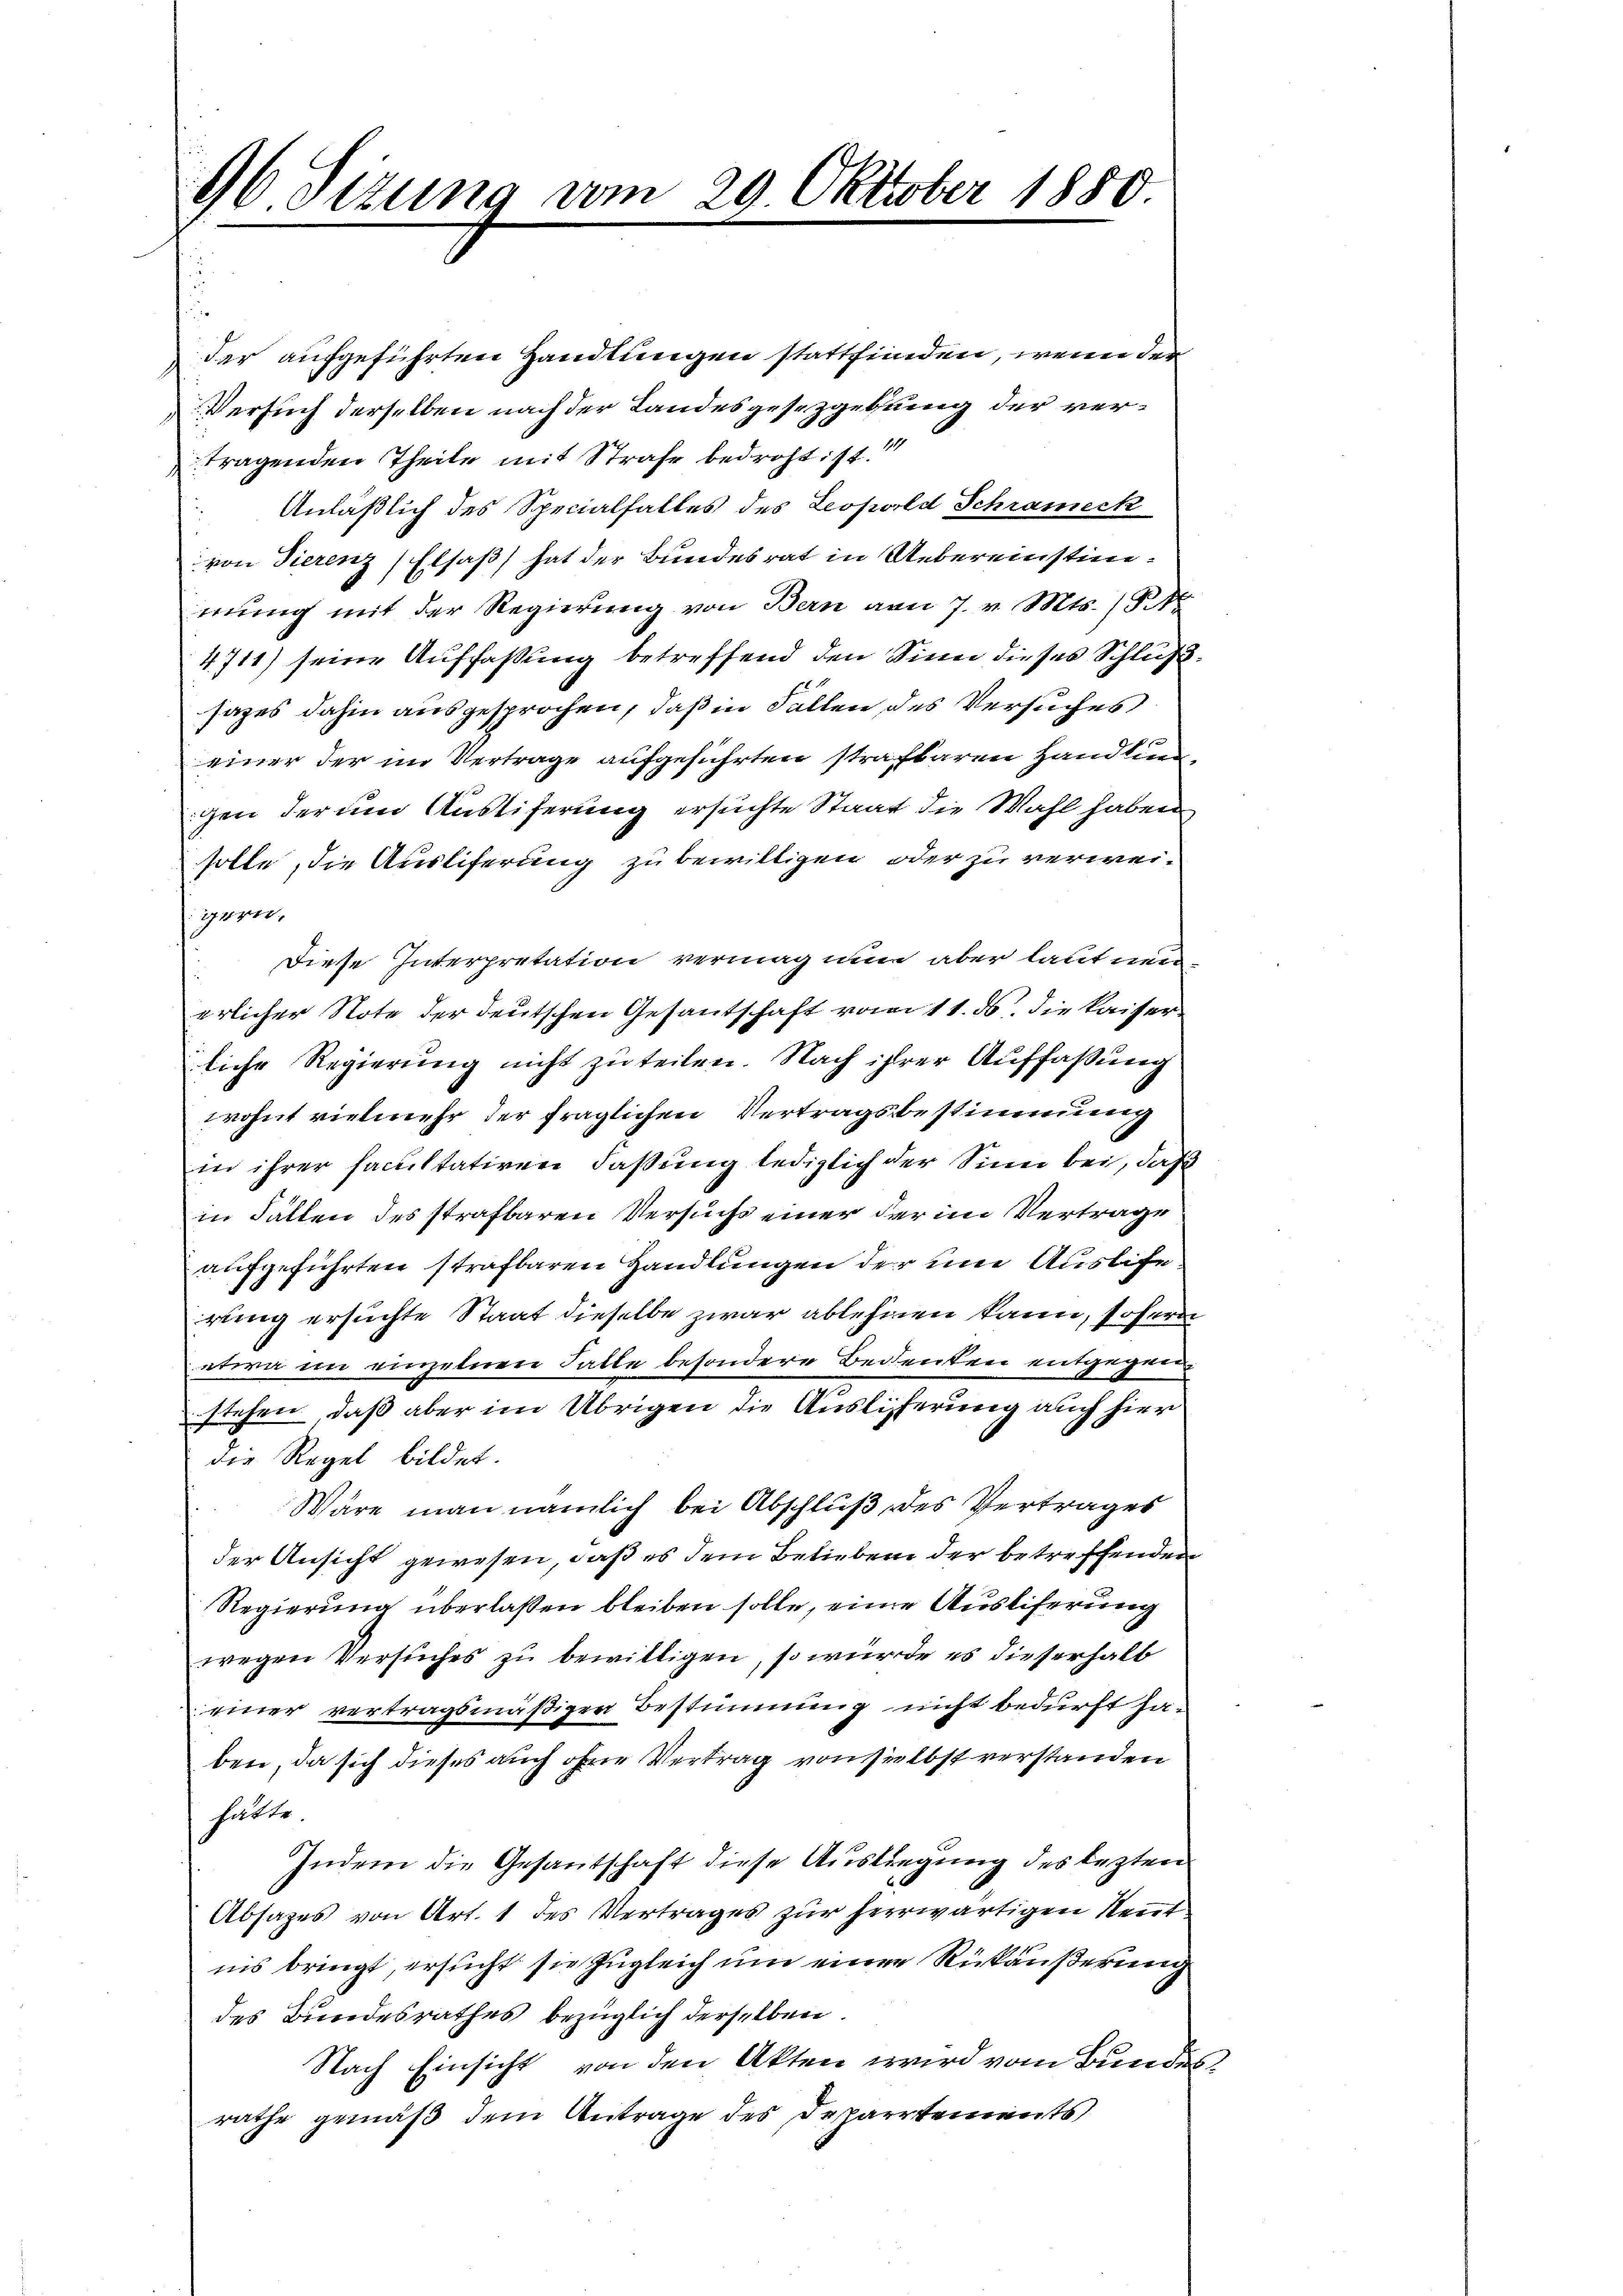
96 Sizung vom 29. Oktober 1880.

der aufgeführten Handlungen stattfinden, wenn der
Versuch derselben nach der Landesgesetzgebung der vertragenden Theile mit Strafe bedroht: st. 1
Anläßlich des Specialfalles des Leopold Schrameck
von Tierenz (Elsaß, hat der Bundesrat in Uebereinstimmung mit der Regierung von Bern von 7. v. Mts. 15 No
4711) seine Auffassung betreffend den Sinne dieses Schlußsazes dahin ausgesprochen, daß in Fällen des Versuches
einer der im Vertrage aufgeführten strafbaren Handlungen der um Austiferung ersuchte Staat die Wahl haben
solle, die Auslieferung zu bewilligen, oder zu verweigern,
Diese Interpretation vermag nun aber laut nen
erlicher Note der deutschen Gesantschaft vom 11. ds. die Kaiserliche Regierung nicht zu teilen. Nach ihrer Auffaßung
wohnt vielmehr der fraglichen Vertragsbestimmung
in ihrer facultativen Faßung lediglich der Sinn bei, daß
in Fällen des strafbaren Versuchs einer der im Vertrage
aufgeführten strafbaren Handlungen der um Auslierung ersuchte Staat dieselbe zwar ablehnen kann, soferne
etwa im einzelnen Falle besondere Bedenken entgegnen
stehen, daß aber im Übrigen die Auslieferung auch hier
die Regel bildet.
Wäre man nämlich bei Abschluß des Vertrages
der Ansicht gewesen, daß es dem Belieben der betreffenden
Regierung überlassen bleiben solle, eine Ausliferung
wegen Versuches zu bewilligen, so würde es dieserhalb
einer vertragsmäßigen Bestimmung nicht bedurft haben, da sich dieses auch ohne Vertrag von selbst verstanden
hätte
Indem die Gesantschaft diese Ausliegung des lezten
Absatzes von Art. 1 des Vertrages zur herwärtigen Neunt.
nis bringt, ersucht sie zugleich um einen Rückäußerung
des Bundesrathes bezüglich derselben
Nach Einsicht von den Akten wird vom Bundesrathe gemäß dem Antrage des Departements